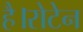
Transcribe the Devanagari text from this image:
है।रोटेन